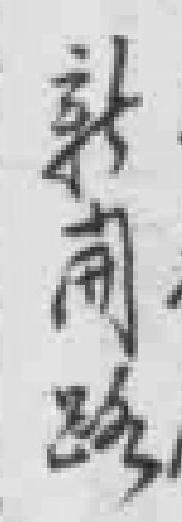
*路